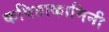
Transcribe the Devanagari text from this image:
कविताकामिनी